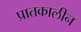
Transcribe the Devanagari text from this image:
प्रातकालीन